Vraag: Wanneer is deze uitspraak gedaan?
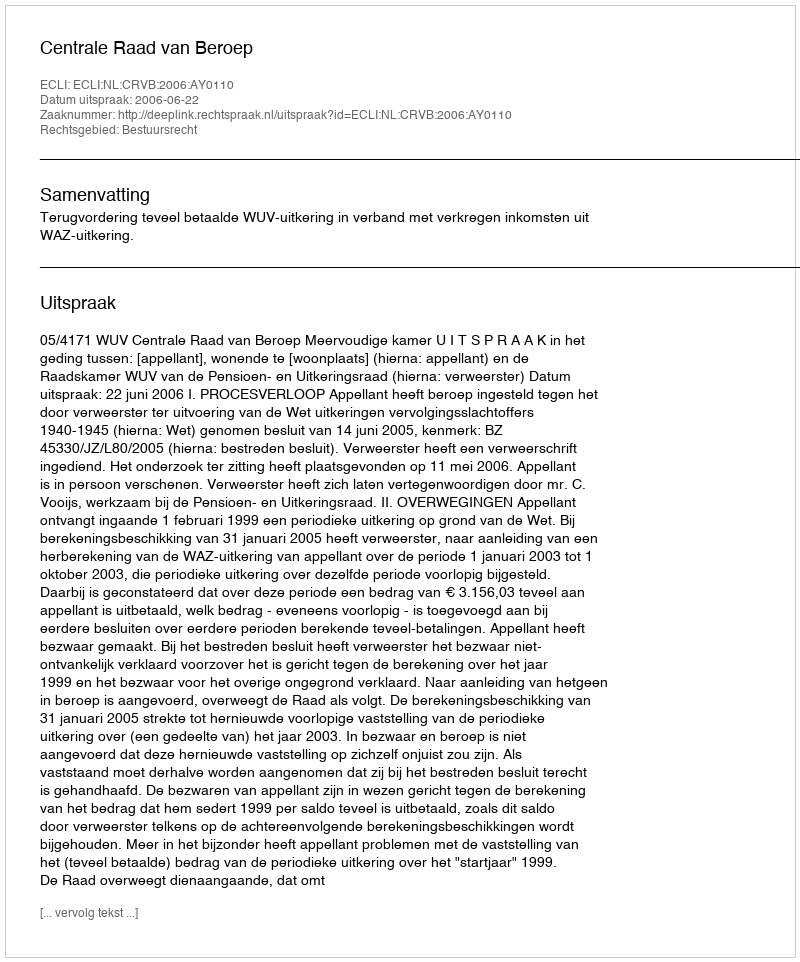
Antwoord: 2006-06-22